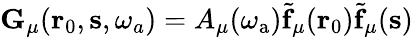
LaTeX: \mathbf{G}_{\mu}(\mathbf{r}_{0},\mathbf{s},\omega_{a})=A_{\mu}(\omega_{\mathrm{a}})\tilde{\mathbf{f}}_{\mu}(\mathbf{r}_{0})\tilde{\mathbf{f}}_{\mu}(\mathbf{s})